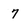
Character: 7